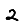
Digit: 2